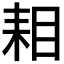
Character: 𮋦